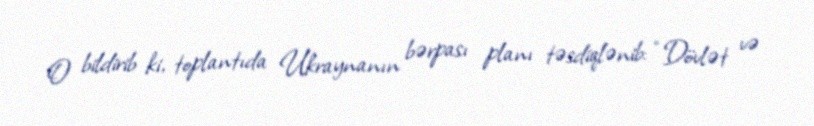
O bildirib ki, toplantıda Ukraynanın bərpası planı təsdiqlənib: “Dövlət və